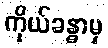
ကိုယ်ခန္ဓာမှ